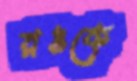
রঙকে